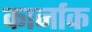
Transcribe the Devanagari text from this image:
कार्नाक